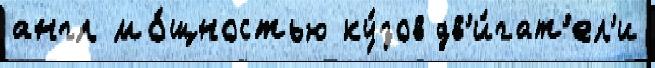
англ мо́щностью ку́зов дв'и́гат'ел'и